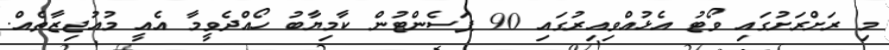
މި ރަށްރަށުގައި ވޯޓު އެޅުއްވިއިރުގައި 90 ޕަސެންޓުން ކާމިޔާބު ހޯއްދެވީމާ އެއީ މުއުޖިޒާތެއް.